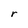
Character: r